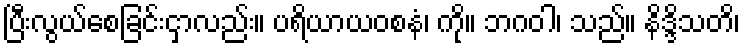
ပြီးလွယ်စေခြင်းငှာလည်း။ ပရိယာယဝစနံ၊ ကို။ ဘဂဝါ၊ သည်။ နိဒ္ဒိသတိ၊